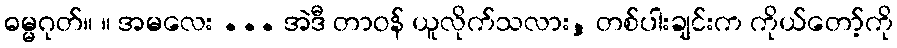
ဓမ္မဂုတ်။ ။ အမလေး ... အဲဒီ တာဝန် ယူလိုက်သလား, တစ်ပါးချင်းက ကိုယ်တော့်ကို